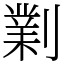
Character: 𠟪